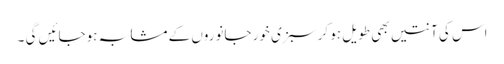
اس کی آنتیں بھی طویل ہو کر سبزی خور جانوروں کے مشابہ ہوجائیں گی ۔